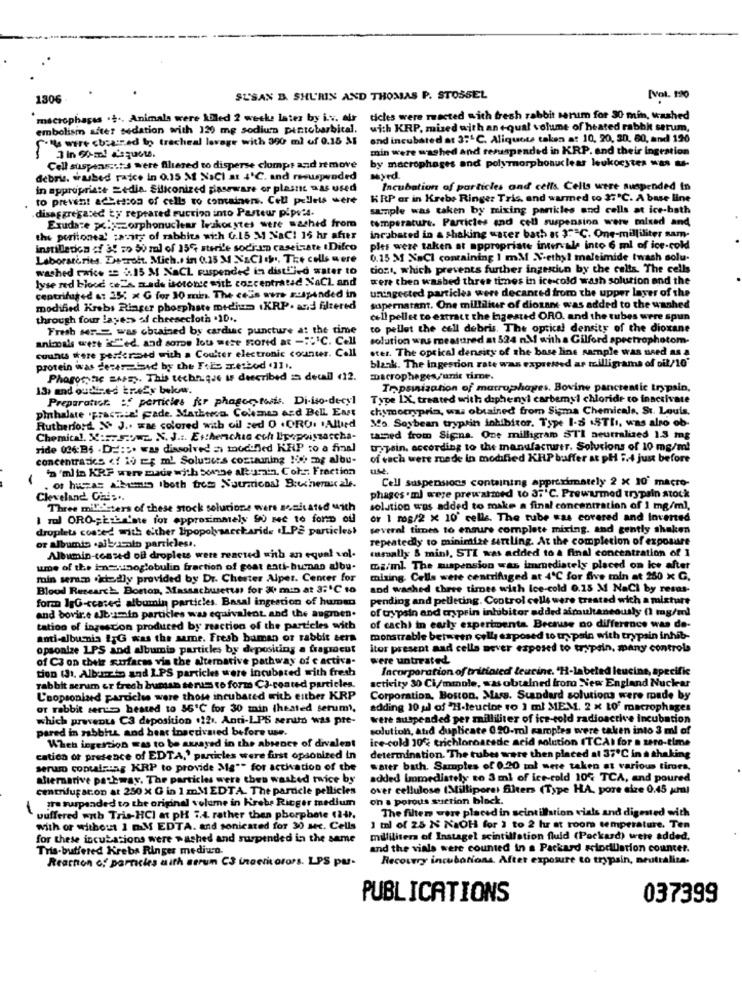
1306
SUSAN D. SHURIN AND THOMAS P. STOSSEL
[vol. 1:20
macrophages . + ., Animals were Abled 2 weeks later by i.v. air
ticles were reacted with fresh rabbit serum for 30 min, washed
embolism after sedation with 120 mg sodium pintobarbital.
with KRP, mised with an equal volume of heated rabbit serum,
.Ils were cbos:zed to tracheal lavage with 390 ml of 0.15 &
and incubated at 3:4℃. Aliquots taken at 10, 20, 20. 60, and 120
min were washed and tesuspended in KRP. and their ingestion
by macrophages and polymorphonuclear leukocytes was -
Cell suspens .: t3 were filiered to disperse clumps and remove
debrus, wasbed rajce in 0.15 M NaCI at 4'℃. and resuspended
Myrd.
in appropriate =edis Silkconized piaseware or plasne was used
Incubation of particles and cells Cells were suspended in
to prevent achesson of cells to containers. Cell pellets were
KRP or in Krebs Ringer Tris, and warmed to 37"℃. A base line
disaggregated ty repeated ruction into Pasteur pipsel.
sample was taken by mixing parkles and cells at ice-bath
temperature. Particles and cell suspension were mixed and
Exudate polymorphonuclear leskorytes were washed from
the peritonea' ;avity of rabbits wich 6.15 M NaCl 15 hr after
incubated in a shaking water bath & 35℃. One-milliliter sam-
instilledon :f &! zo 50 ml of 155 sterile sodium caseizate IDifco
ples were taken at appropriate intervale into 6 ml of ice-cold
Laboratories. Diecroft. Mich. in 0.35 M X&C] :', The cells were
0.15 M NaCl containing 1 mM V-ethyl maleimide twash solu-
washed twice == 3.15 M NaCL suspended in disti"jed water to
tozt, which prevents further ingesciun by the calls. The cells
lyse red blood cela mads isotonse with concentrated NaCl and
were then washed three times in ice-cold wash solution and the
uningested particles were decanted from the upper layer of the
centrifuged a: 35: x G for 10 min. The ceSs wers suspended in
modified Krebs Ringer phosphate medham .KRP. and filtered
sopernatant. One milliliur of diozane was added to the washed
through four layers of cheesecloth .10 ..
cell pellet to extract the bagested ORO. and the tubes were spun
Fresh MF. was obtained by cardiac puncture at the time
to pellet the cell debris. The optical density of the dioxane
animals were iched. and some lou mese mored at -: 'C. Call
solution was measured at 524 n.M with a Gilford spectrophotom.
counts where pericrased with a Coulter electronic counter. Call
ster. The optical density of the base line sample was need as a
protein was deser ted by the Fois zesbod (111.
blank. The ingestion rate was expressed as milligrams of oil/10"
Phogory fic BASES. This technique is described i detall (12.
macrophages/unit time.
13, and oudined treEr bekw.
Trpsinization of macrophages. Bovine pancreatic trypsin,
Preparatist : perricles for phagocytosis. Di-iso-decyl
Type 1X, treated with diphenyl carbemyi chloride to inactivate
pinhalate .practice! gade. Mathtron. Colmes and Bell Ent
chymocryprin, was obtained from Sigma Chemicals. St. Louis.
Ms Soybean trypsin inhibitor. Type 1-5 15Th, was also ob-
Rutherford & J .. wae colored with oil sed 0 .ORO. . Allied
Chemical. X:57 5.9.2. N. J .:. Estherchia cch Lipopoissascha-
tained from Signs. One milligram STI neutralized 1.3 mg
ride 036:36 . De ::. was dissolved =1 modofed KRP co a final
trypsin. according to the manufacturer. Solutions of 10 mg/ml
concentraties <f 10 Er ml. Solunes cozuuning !ich mg albu-
of each were made in modified KRP baffer at pH 5.4 just before
'n 'ml in KRF were made with bonne altura's, Cohn Fraction
Cell suspensions containing approximately 2 x 10" macro-
of huszas Abis iboth from Nourricoal Boucherscale.
phages . ml were prewatmed to 37'C. Prewarmed trypsin stock
Cleveland Canis ..
Three mile'sters of these stock solucione were sonicated with
solution was added to make a final concentration of 1 mg/ml,
I ml ORO-pErba'ste for approximately 90 rec to forD off
or 1 rog/2 x 10' cells. The tube was covered and Inverted
droplets coated with either Ipopolysaccharide .LPE particles!
several times to ensure complete mixing. and gently shaken
or albumin .alb scalo particles ..
repeatedly to minimize serling. At the completion of exposure
masoally & mint, STI was added to a final concentration of 1
Albumin-coated off droplets were reacted with an equal vol-
ume of the innerunoglobulin fraction of goat anti-burman albu.
GB/ml The mispension was immediately placed on ice after
moin seram .jdedly provided by Dr. Chester Alper. Center for
mizing. Cells were centrifuged at 4℃ for five toin at 250 x G.
Blood Research Boston, Massachusetts for X min at 3:'℃ to
and washed three times with Ice-cold 0.15 M NaCl by resus-
forz IpG-ccased albumin particles. Basal ingestion of human
pending and pelleting. Control cells were treated wich a mixture
of trypsin and ayprin inhibitor added simultaneously (1 mg/ml
and bovir.e alb.2min particles was equivalent and the augmen.
tation of ingescon produced by reaction of the particles with
of cach) in early experimenta Because no difference was do-
anti-albumnia 1;G was the same. Fresh buman of rabbit sera
monstrable between cell exposed to trypsin with trypsin inhib-
opsonize 1.PS and albumis particles by depositing a fraprocut
itor present and cella never exposed to trypsin, many controls
of C3 on their surfaces vin the alternative pathway of c activa-
were untreated
tion (3), Albums and I.PS particles were incubated with fresh
Incorporation of tritinted leucine. "H-labeled leucine, specific
activity 30 Ci/mmole, was obtained froro SNew England Nuclear
rabbit scrum er frech buman serums to form C3-coated particles.
L'aopsoniard particle were those incubared with either KRP
Corporation, Boston, Mass. Standard solutions were made by
or rabbit serum bested to 36'℃ for 30 min (heated serum).
adding 10 ul of "H-leucine ro 1 ml MEM, 2 x LO' macrophages
which prevents C3 deposition $221. Anti-LPS sentto was pre-
were suspended per milliliter of ice-cold radioactive incubation
pared in rabbits and bear innedivaied before use.
solution, atid duplicate 0.20-ml samples were taken into 3 ml of
ice-cold 10% trichloroacede acid solution ITCAI for a zero-time
When ingestion was to be stayed in the absence of divalent
cation of presence of EDTA,' particles were first opsobized in
determination. The tubes were then placed al 37℃ in a shaking
serum containing KRP to provide Ms"" for activation of the
water bath. Samples of 0.20 ml were taken at various tirors,
aliernarive pathway. The particles were then washed twice by
added Immediately to 3 ml of ice-cold 104 TCA, and poured
centrifugar.on at 250x G in 1 mMEDTA. The pardcle pellicles
over cellulose (Milliporet filters (Type HA, pore size 0.45 km)
gre suspended to the original volume in Krebs Ricger medium
on a porous suction block.
The filter were placed in scintillation vials and digested with
suffered with Tris-HCI at pH 7.4 rather then phorphote 241.
with or without 1 mM EDTA. and sonicated for 30 sec. Cells
1 ml of 25 N NaOH for 1 to 2 hr at room temperature. Ten
for these incubations were washed and suspended in the same
milliliters of Instagel scintillation fluid (Packard) were added.
Tris-buffered Krebs Ringer mediun.
and the vials were counted in a Packard solodUlation counter.
Reaction of particles aith serun C3 inscritorors. LPS pur-
Recovery incubations. After exposure to trypsin, neutraliza.
PUBLICATIONS
037399